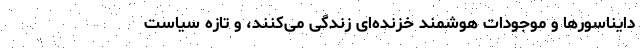
دایناسورها و موجودات هوشمند خزنده‌ای زندگی می‌کنند، ‌و تازه سیاست